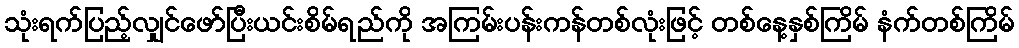
သုံးရက်ပြည့်လျှင်ဖော်ပြီးယင်းစိမ်ရည်ကို အကြမ်းပန်းကန်တစ်လုံးဖြင့် တစ်နေ့နှစ်ကြိမ် နံက်တစ်ကြိမ်